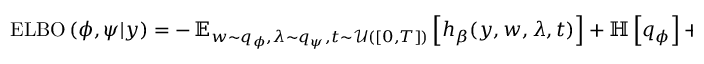
\begin{array} { r } { \operatorname { E L B O } \left( \phi , \psi \vert y \right) = - \operatorname { \mathbb { E } } _ { w \sim q _ { \phi } , \lambda \sim q _ { \psi } , t \sim \mathcal { U } ( [ 0 , T ] ) } \left[ h _ { \beta } ( y , w , \lambda , t ) \right] + \mathbb { H } \left[ q _ { \phi } \right] + \mathbb { H } \left[ q _ { \psi } \right] - \mathbb { E } _ { \lambda \sim q _ { \psi } } \left[ \log \left( Z _ { \beta } \left( \lambda \right) \right) \right] . } \end{array}